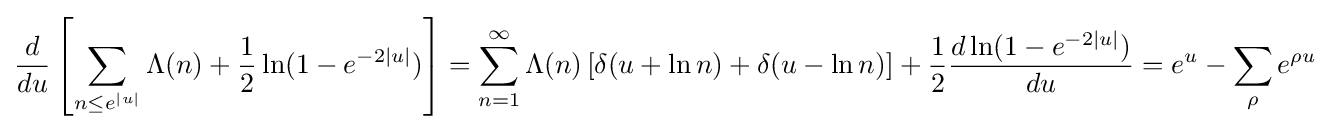
{\frac {d}{du}}\left[\sum _{n\leq e^{|u|}}\Lambda (n)+{\frac {1}{2}}\ln(1-e^{-2|u|})\right]=\sum _{n=1}^{\infty }\Lambda (n)\left[\delta (u+\ln n)+\delta (u-\ln n)\right]+{\frac {1}{2}}{\frac {d\ln(1-e^{-2|u|})}{du}}=e^{u}-\sum _{\rho }e^{\rho u}